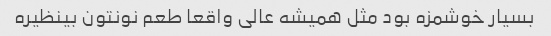
بسیار خوشمزه بود مثل همیشه عالی واقعا طعم نونتون بینظیره